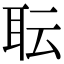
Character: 耺